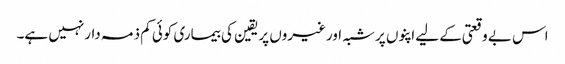
اس بے وقعتی کے لیے اپنوں پرشبہ اورغیروں پریقین کی بیماری کوئی کم ذمہ دارنہیں ہے۔